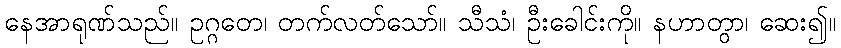
နေအာရုဏ်သည်။ ဥဂ္ဂတေ၊ တက်လတ်သော်။ သီသံ၊ ဦးခေါင်းကို။ နဟာတွာ၊ ဆေး၍။